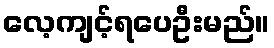
လေ့ကျင့်ရပေဦးမည်။